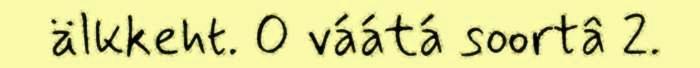
älkkeht. O váátá soortâ 2.